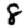
Digit: 8